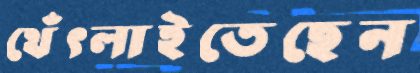
থেঁৎলাইতেছেন